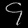
Digit: ၄